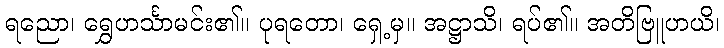
ရညော၊ ရွှေဟင်္သာမင်း၏။ ပုရတော၊ ရှေ့မှ။ အဋ္ဌာသိ၊ ရပ်၏။ အတိဗြူဟယိ၊